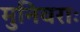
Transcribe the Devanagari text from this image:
मुनिवराः